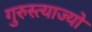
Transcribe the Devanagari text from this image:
गुरुस्त्याज्यो